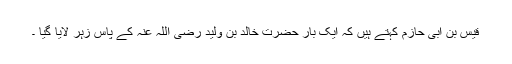
قیس بن ابی حازم کہتے ہیں کہ ایک بار حضرت خالد بن ولید رضی اللہ عنہ کے پاس زہر لایا گیا ۔